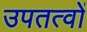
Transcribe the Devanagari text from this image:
उपतत्वों